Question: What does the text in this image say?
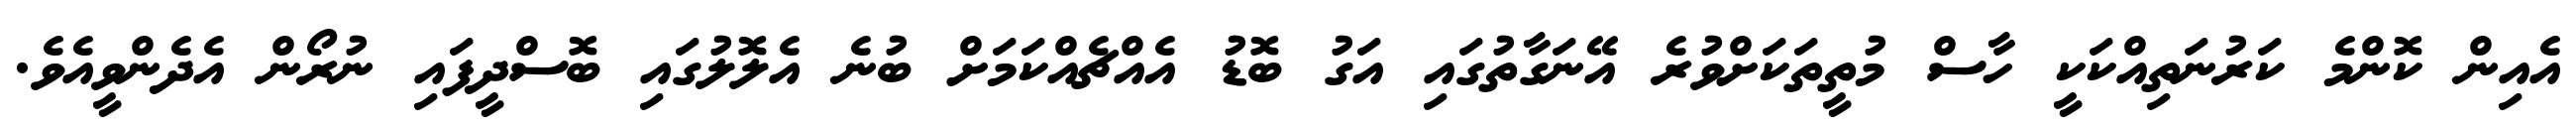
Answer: އެއިން ކޮންމެ ކަރުނަތިއްކަކީ ހާސް މުތީތަކަށްވުރެ އޭނަގާތުގައި އަގު ބޮޑު އެއްޗެއްކަމަށް ބުނެ އެލޮލުގައި ބޮސްދީފައި ނުރޯން އެދެންވީއެވެ.